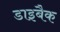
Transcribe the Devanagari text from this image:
डाइबैक